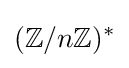
(\mathbb {Z} /n\mathbb {Z} )^{*}